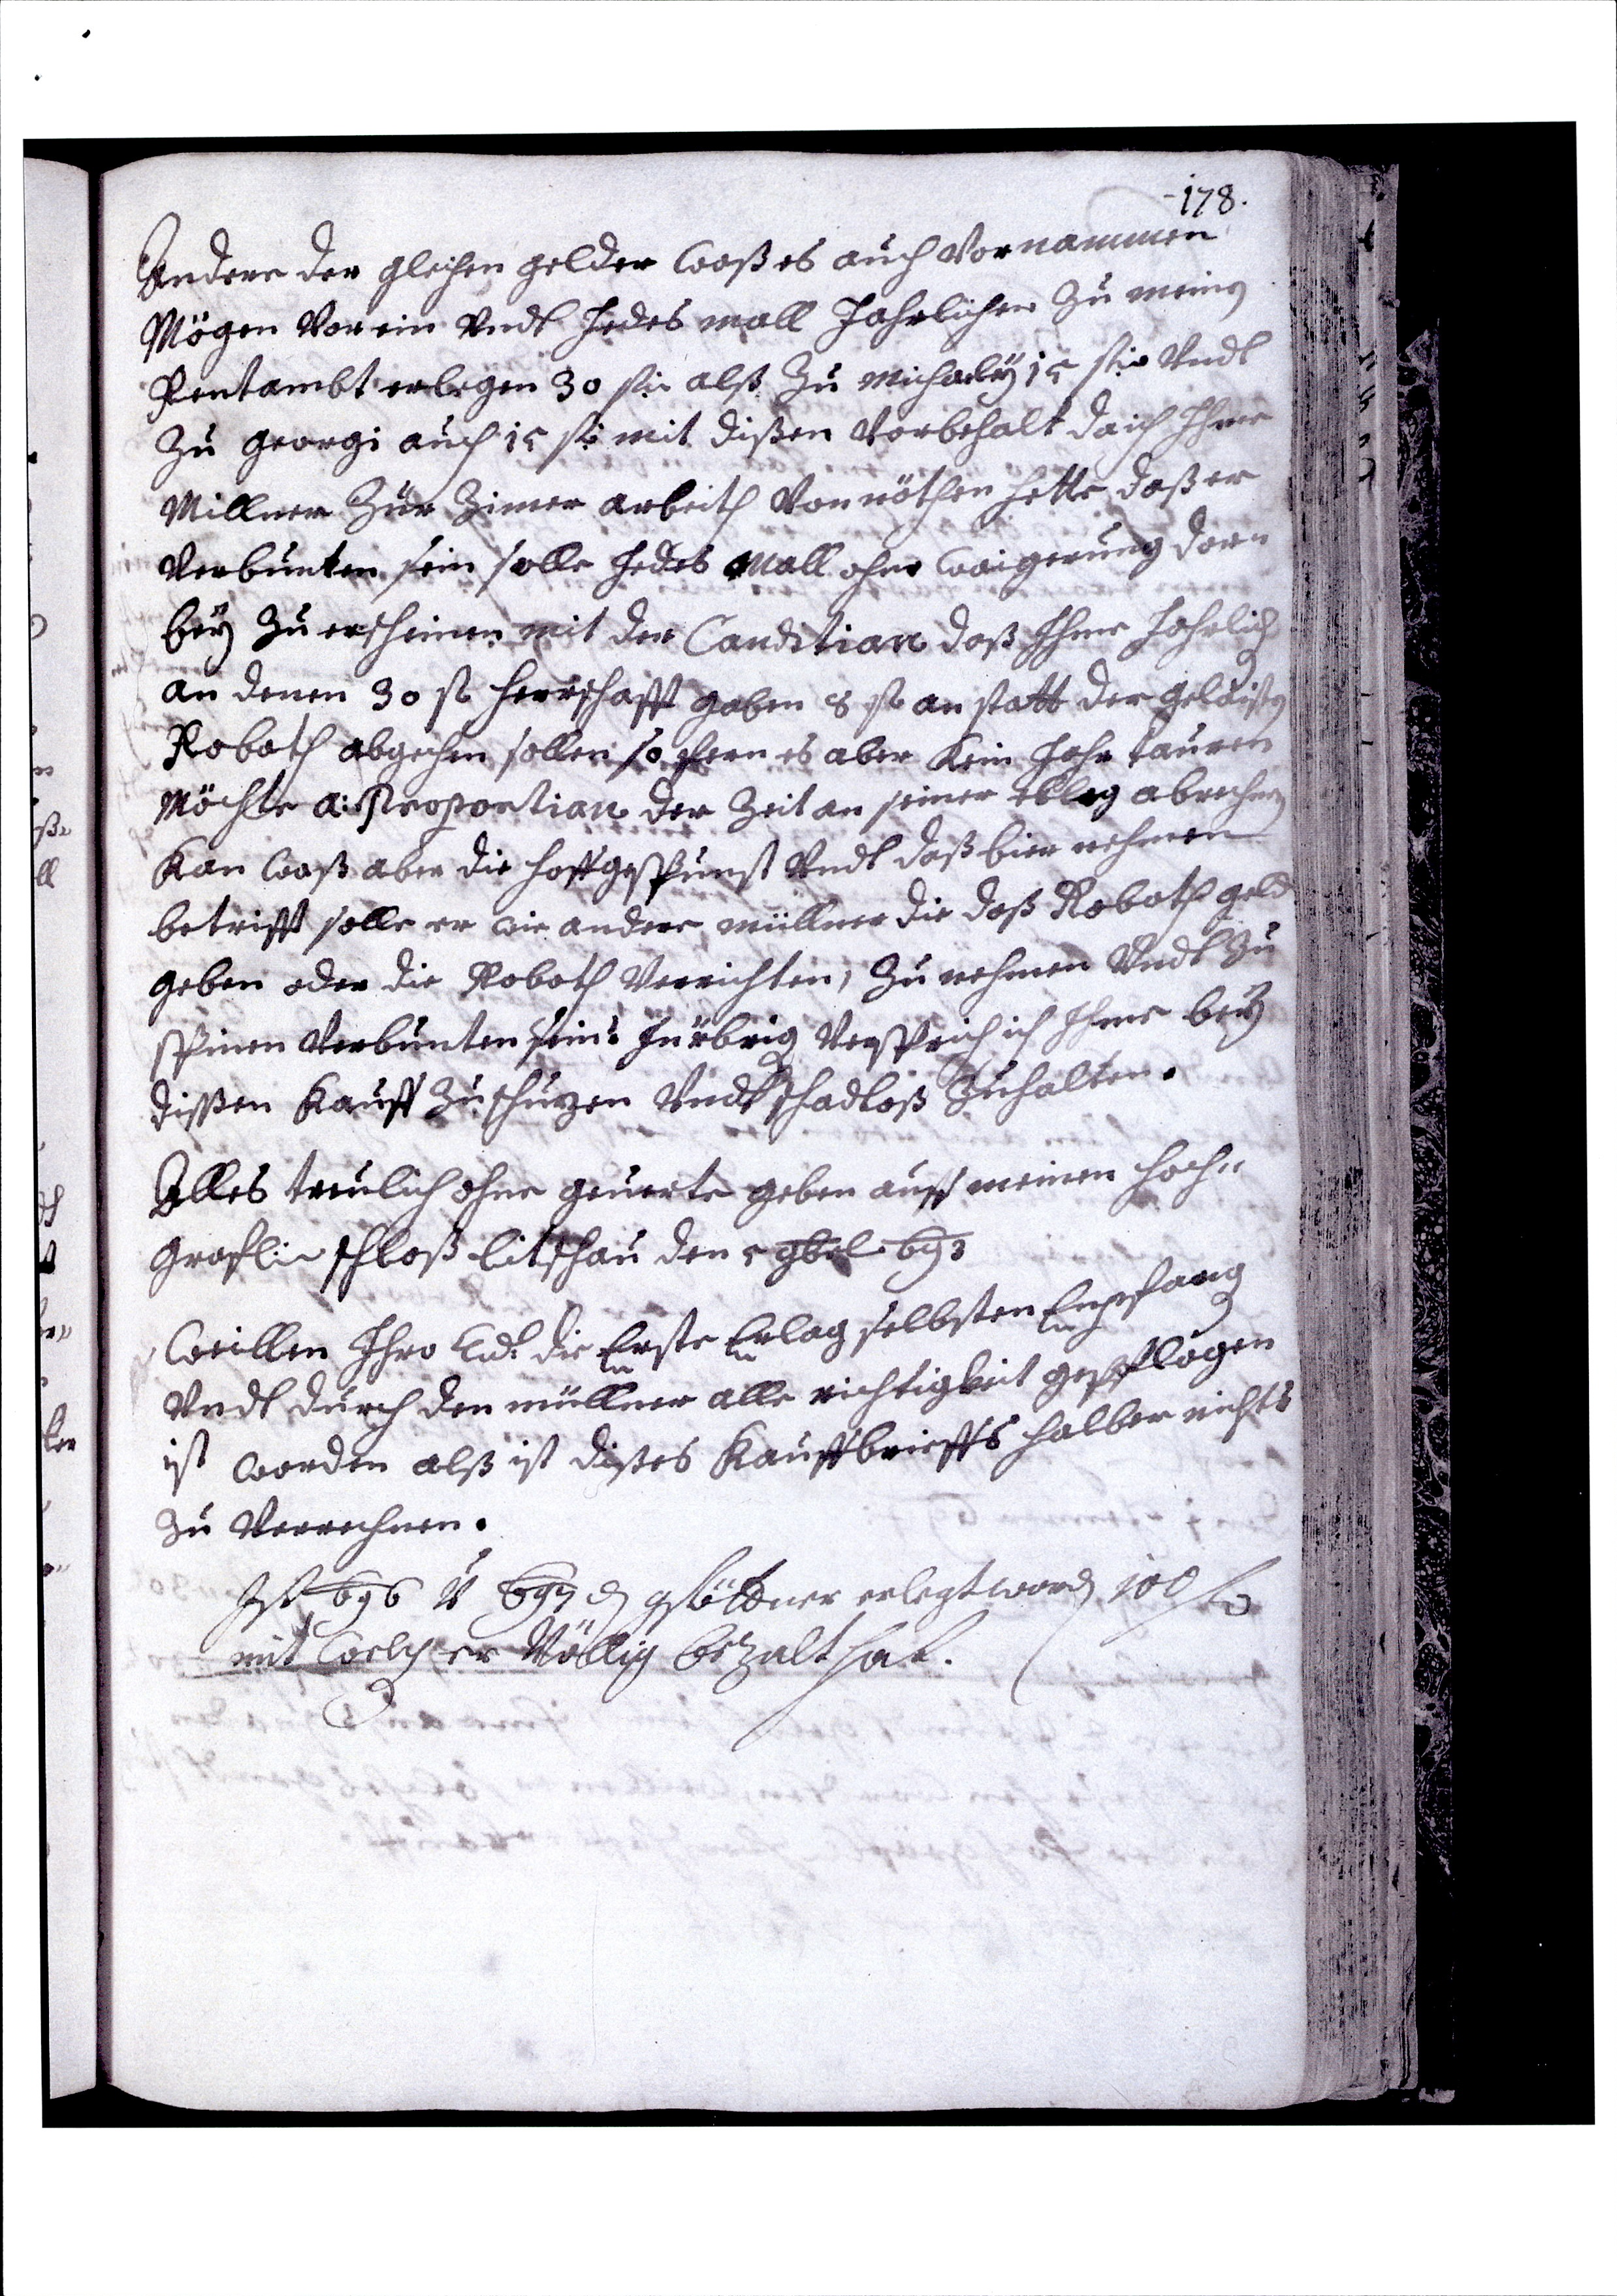
178.
Andere der gleihen gelder woß es auch vornammen
Mögen vor im und Jedes mall Jahrlichen zu meinen
Rentambt erlegen 30 f alß zu Michaely 15 f undt
zu georgi auch 15 f mit dißen Vorbehalt da ich Ihnen
Millner zur Zimer arbeith von nöthen hatte daß er
verbunten sein solle Jedes Mall ohne waigerung dor¬
bey zu erscheinen mit der Canditian doß Ihme Johrlich
an denen 30 f Herrschafft gaben 8 f an statt der gelaisten
Roboth abgechen sollen so fern es aber Kein Jahr tauren
Möchte a: Proportian der Zeit an seiner oblag abrechnen
Kan waß aber die Hoffgespunst undt daß bier nehmen
betrifft solle er wie andere müller die doß Roboth geld
geben oder die Roboth verrichten, zu nehmen undt zu
spinen verbunten sein. In übrig versprich ich Ihme bey
dißen Kauff zu schuzen undt schadloß zuhalten.
Alles treulich ohne geverte geben auff meinen Hoch¬
graf: schloß Litschau den 5 9br. 693
Weillen Ihro Ew: die Erste Erlag selbsten Enpfang
undt durch den müller alle richtigkeit gepflogen
ist worden alß ist dißes Kauffbrieffs halber nichts
zu verrechnen.
Ist 696 u 697 d gstöttner erlegt worden 100 f
mit welcher völlig bezalt hat.